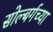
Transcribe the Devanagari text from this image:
सोल्बर्गच्या